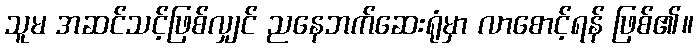
သူမ အဆင်သင့်ဖြစ်လျှင် ညနေဘက်ဆေးရုံမှာ လာစောင့်ရန် ဖြစ်၏။